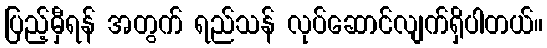
ပြည့်မှီရန် အတွက် ရည်သန် လုပ်ဆောင်လျက်ရှိပါတယ်။